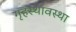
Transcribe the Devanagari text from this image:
गृहस्थावस्था